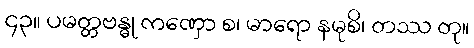
၄၃။ ပမတ္တဗန္ဓု ကဏှော စ၊ မာရော နမုစိ၊ တဿ တု။